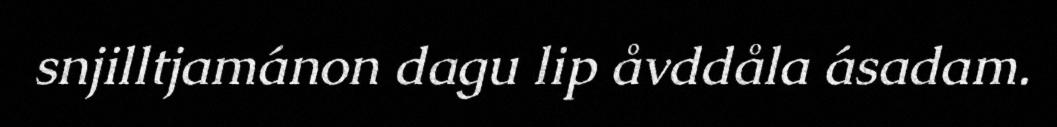
snjilltjamánon dagu lip åvddåla ásadam.